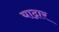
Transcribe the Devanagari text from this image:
याद्गार